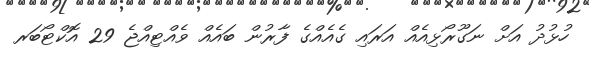
ހުޅުދު އަށް ނަގޫރޯޅިއެއް އަރައި ގެއެއްގެ ފާރުން ބައެއް ވެއްޓިއްޖެ 29 އޮކްޓޯބަރ